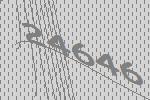
24646